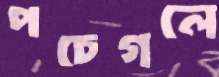
পচেগলে